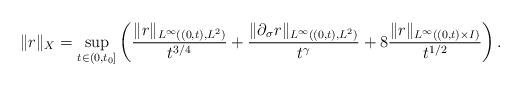
LaTeX: \begin{align*}\|r\|_{X} =\sup_{t\in (0,t_0]}\left(\frac{\|r\|_{L^\infty((0,t),L^2)}}{ t^{3/4}}+\frac{\|\partial_\sigma r\|_{L^\infty((0,t),L^2)}}{ t^{\gamma}}+8\frac{\|r\|_{L^\infty((0,t)\times I)}}{t^{1/2}}\right).\end{align*}